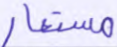
مستعار